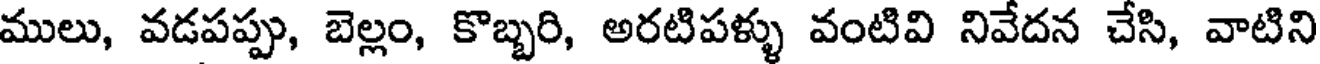
ములు, వడపప్పు, బెల్లం, కొబ్బరి, అరటిపళ్ళు వంటివి నివేదన చేసి, వాటిని